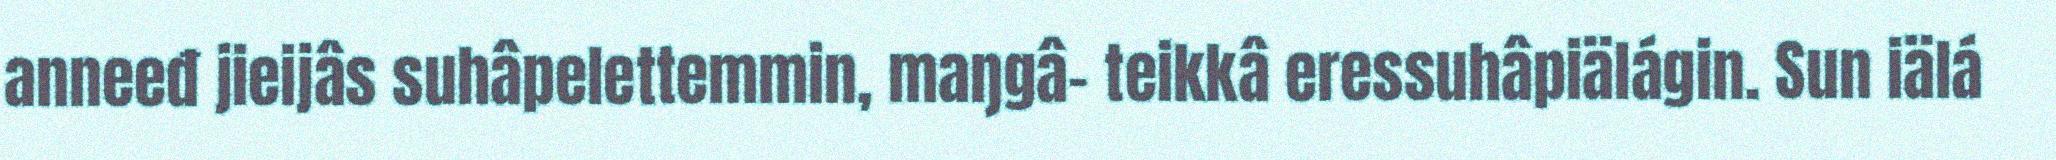
anneeđ jieijâs suhâpelettemmin, maŋgâ- teikkâ eressuhâpiälágin. Sun iälá